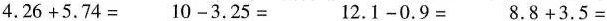
$$4.26+5.74=$$ $$10-3.25=$$ $$12.1-0.9=$$ $$8.8+3.5=$$